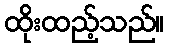
ထိုးထည့်သည်။